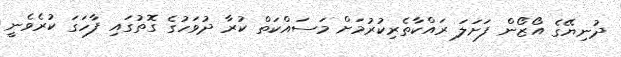
ދުނިޔޭގެ އޯޒޯން ފަށަލަ ރައްކާތެރިކުރުމަށް މަސައްކަތް ކުރާ ދުވަހުގެ ގޮތުގައި ފާހަގަ ކުރެވެނީ